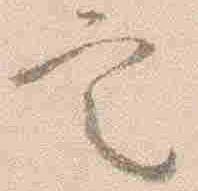
定